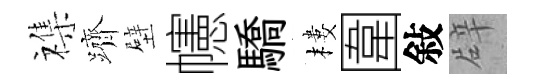
襍躋壁幰驕樓圍敍辟